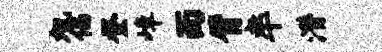
旭倡登嶂面臂率潜